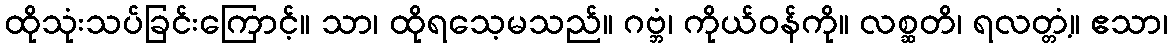
ထိုသုံးသပ်ခြင်းကြောင့်။ သာ၊ ထိုရသေ့မသည်။ ဂဗ္ဘံ၊ ကိုယ်ဝန်ကို။ လစ္ဆတိ၊ ရလတ္တံ့။ ဧသာ၊